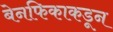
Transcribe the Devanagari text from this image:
बेनफिकाकडून